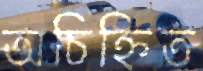
অচিহ্নিত